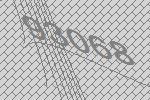
93068